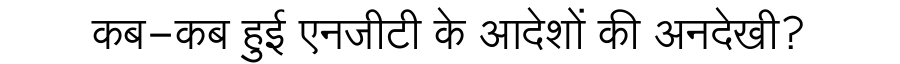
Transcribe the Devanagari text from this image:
कब-कब हुई एनजीटी के आदेशों की अनदेखी?